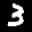
Label: 3